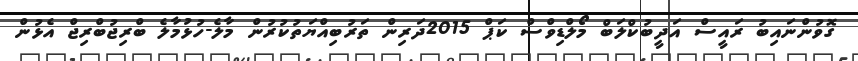
ގޮވުންނައިބު ރައީސް އަދީބުކްލަބް މޯލްޑިވްސް ކަޕް 2015ދަރިން ތަރުބިއްޔަތުކުރުން މާލެ-ހުޅުމާލެ ބްްރިޖުބްރިޖް އެޅުން